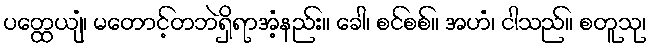
ပတ္ထေယျံ၊ မတောင့်တဘဲရှိရာအံ့နည်း။ ခေါ၊ စင်စစ်။ အဟံ၊ ငါသည်။ စတူသု၊